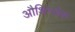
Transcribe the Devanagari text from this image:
औशिन्लेक